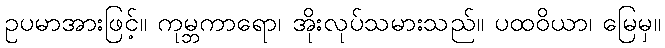
ဥပမာအားဖြင့်။ ကုမ္ဘကာရော၊ အိုးလုပ်သမားသည်။ ပထဝိယာ၊ မြေမှ။